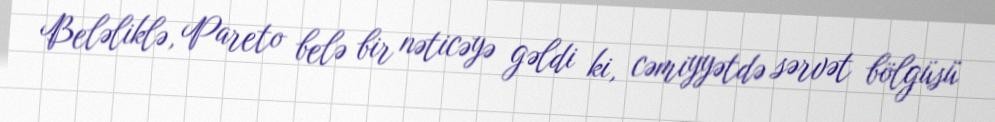
Beləliklə, Pareto belə bir nəticəyə gəldi ki, cəmiyyətdə sərvət bölgüsü